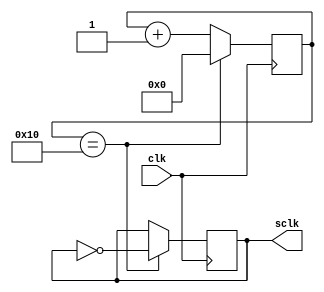
`timescale 1ns / 1ps
module Slow_Clock(clk,sclk);
input clk;
output sclk;
reg [7:0]count = 0;
reg clk_out=0;


always@(posedge clk)
begin
	count <= count + 1;
	if(count == 16)
	begin
		count <= 0;
		clk_out<=~clk_out;
	end
	
end	

assign sclk = clk_out;
//assign sclk = count == 16 ? 1:0;


endmodule